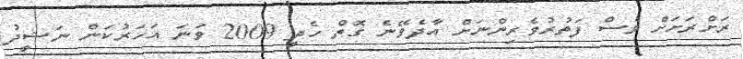
ރަށްރަށަށް ވެސް ފަތުރުވެރިންނަށް އާދެވޭނެ ގޮތް ހެދީ 2009 ވަނަ އަހަރުކަން ނަޝީދު